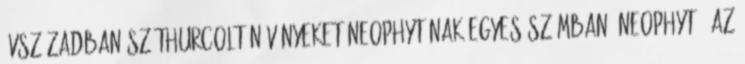
évszázadban széthurcolt növényeket neophytának egyes számban: neophyt , az